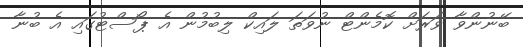
ބޭނުންވާ ވަރަށް ކޮމެންޓް ނުވަތަ ލައިކް ލިބުމުން އެ ޕޯސްޓުގައި އެ ބުނާ